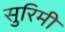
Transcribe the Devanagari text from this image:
सुरिमी